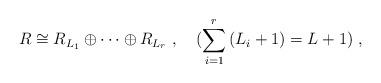
LaTeX: \begin{align*}R \cong R_{L_1} \oplus \cdots \oplus R_{L_r}~, ~~~ (\sum_{i=1}^r\,(L_i+1) = L+1 )~,\end{align*}